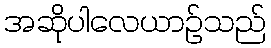
အဆိုပါလေယာဉ်သည်